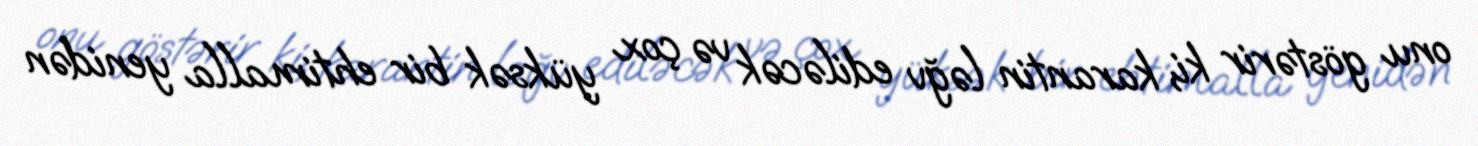
onu göstərir ki, karantin ləğv ediləcək və çox yüksək bir ehtimalla yenidən